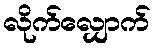
လိုက်လျှောက်